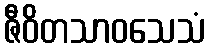
ဇီဝိတသာဝသေသံ